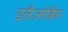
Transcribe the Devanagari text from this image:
इलैज़्मोब्रैंक